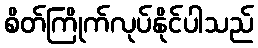
စိတ်ကြိုက်လုပ်နိုင်ပါသည်